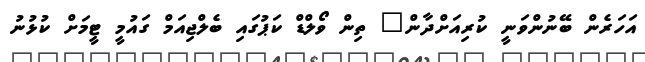
އަހަރެން ބޭނުންވަނީ ކުރިއަށްދާން" ތިން ވޯލްޑް ކަޕުގައި ބެލްޖިއަމް ގައުމީ ޓީމަށް ކުޅުނު